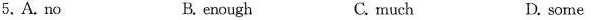
5.A. No B. enough C. much D. some